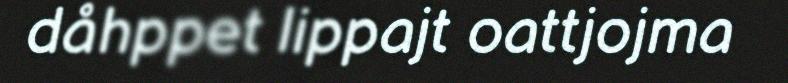
dåhppet lippajt oattjojma